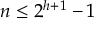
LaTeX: n \leq 2 ^ { h + 1 } - 1